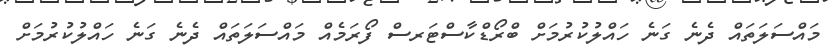
މައްސަލަތައް ދެނެ ގަނެ ހައްލުކުރުމަށް ބްރޯޑްކާސްޓަރސް ފޯރަމެއް މައްސަލަތައް ދެނެ ގަނެ ހައްލުކުރުމަށް